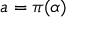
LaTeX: a = \pi ( \alpha )